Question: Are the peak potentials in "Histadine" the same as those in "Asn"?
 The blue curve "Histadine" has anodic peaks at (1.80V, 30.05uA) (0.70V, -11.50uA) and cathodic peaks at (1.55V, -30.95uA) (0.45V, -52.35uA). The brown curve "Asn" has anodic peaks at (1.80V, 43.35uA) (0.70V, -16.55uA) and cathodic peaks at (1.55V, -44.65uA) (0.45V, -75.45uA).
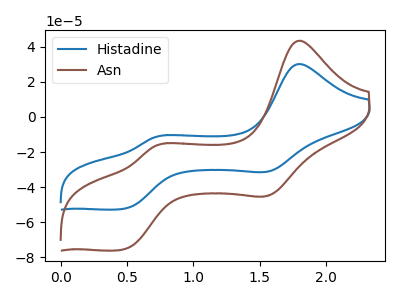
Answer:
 <answer>Yes, "Histadine" have a peak in "Asn" at the same potential.</answer>
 <eval>match</eval>